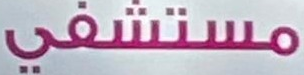
مستشفى